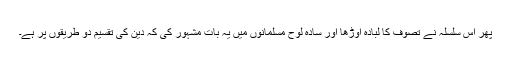
پھر اس سلسلہ نے تصوف کا لبادہ اوڑھا اور سادہ لوح مسلمانوں میں یہ بات مشہور کی کہ دین کی تقسیم دو طریقوں پر ہے۔